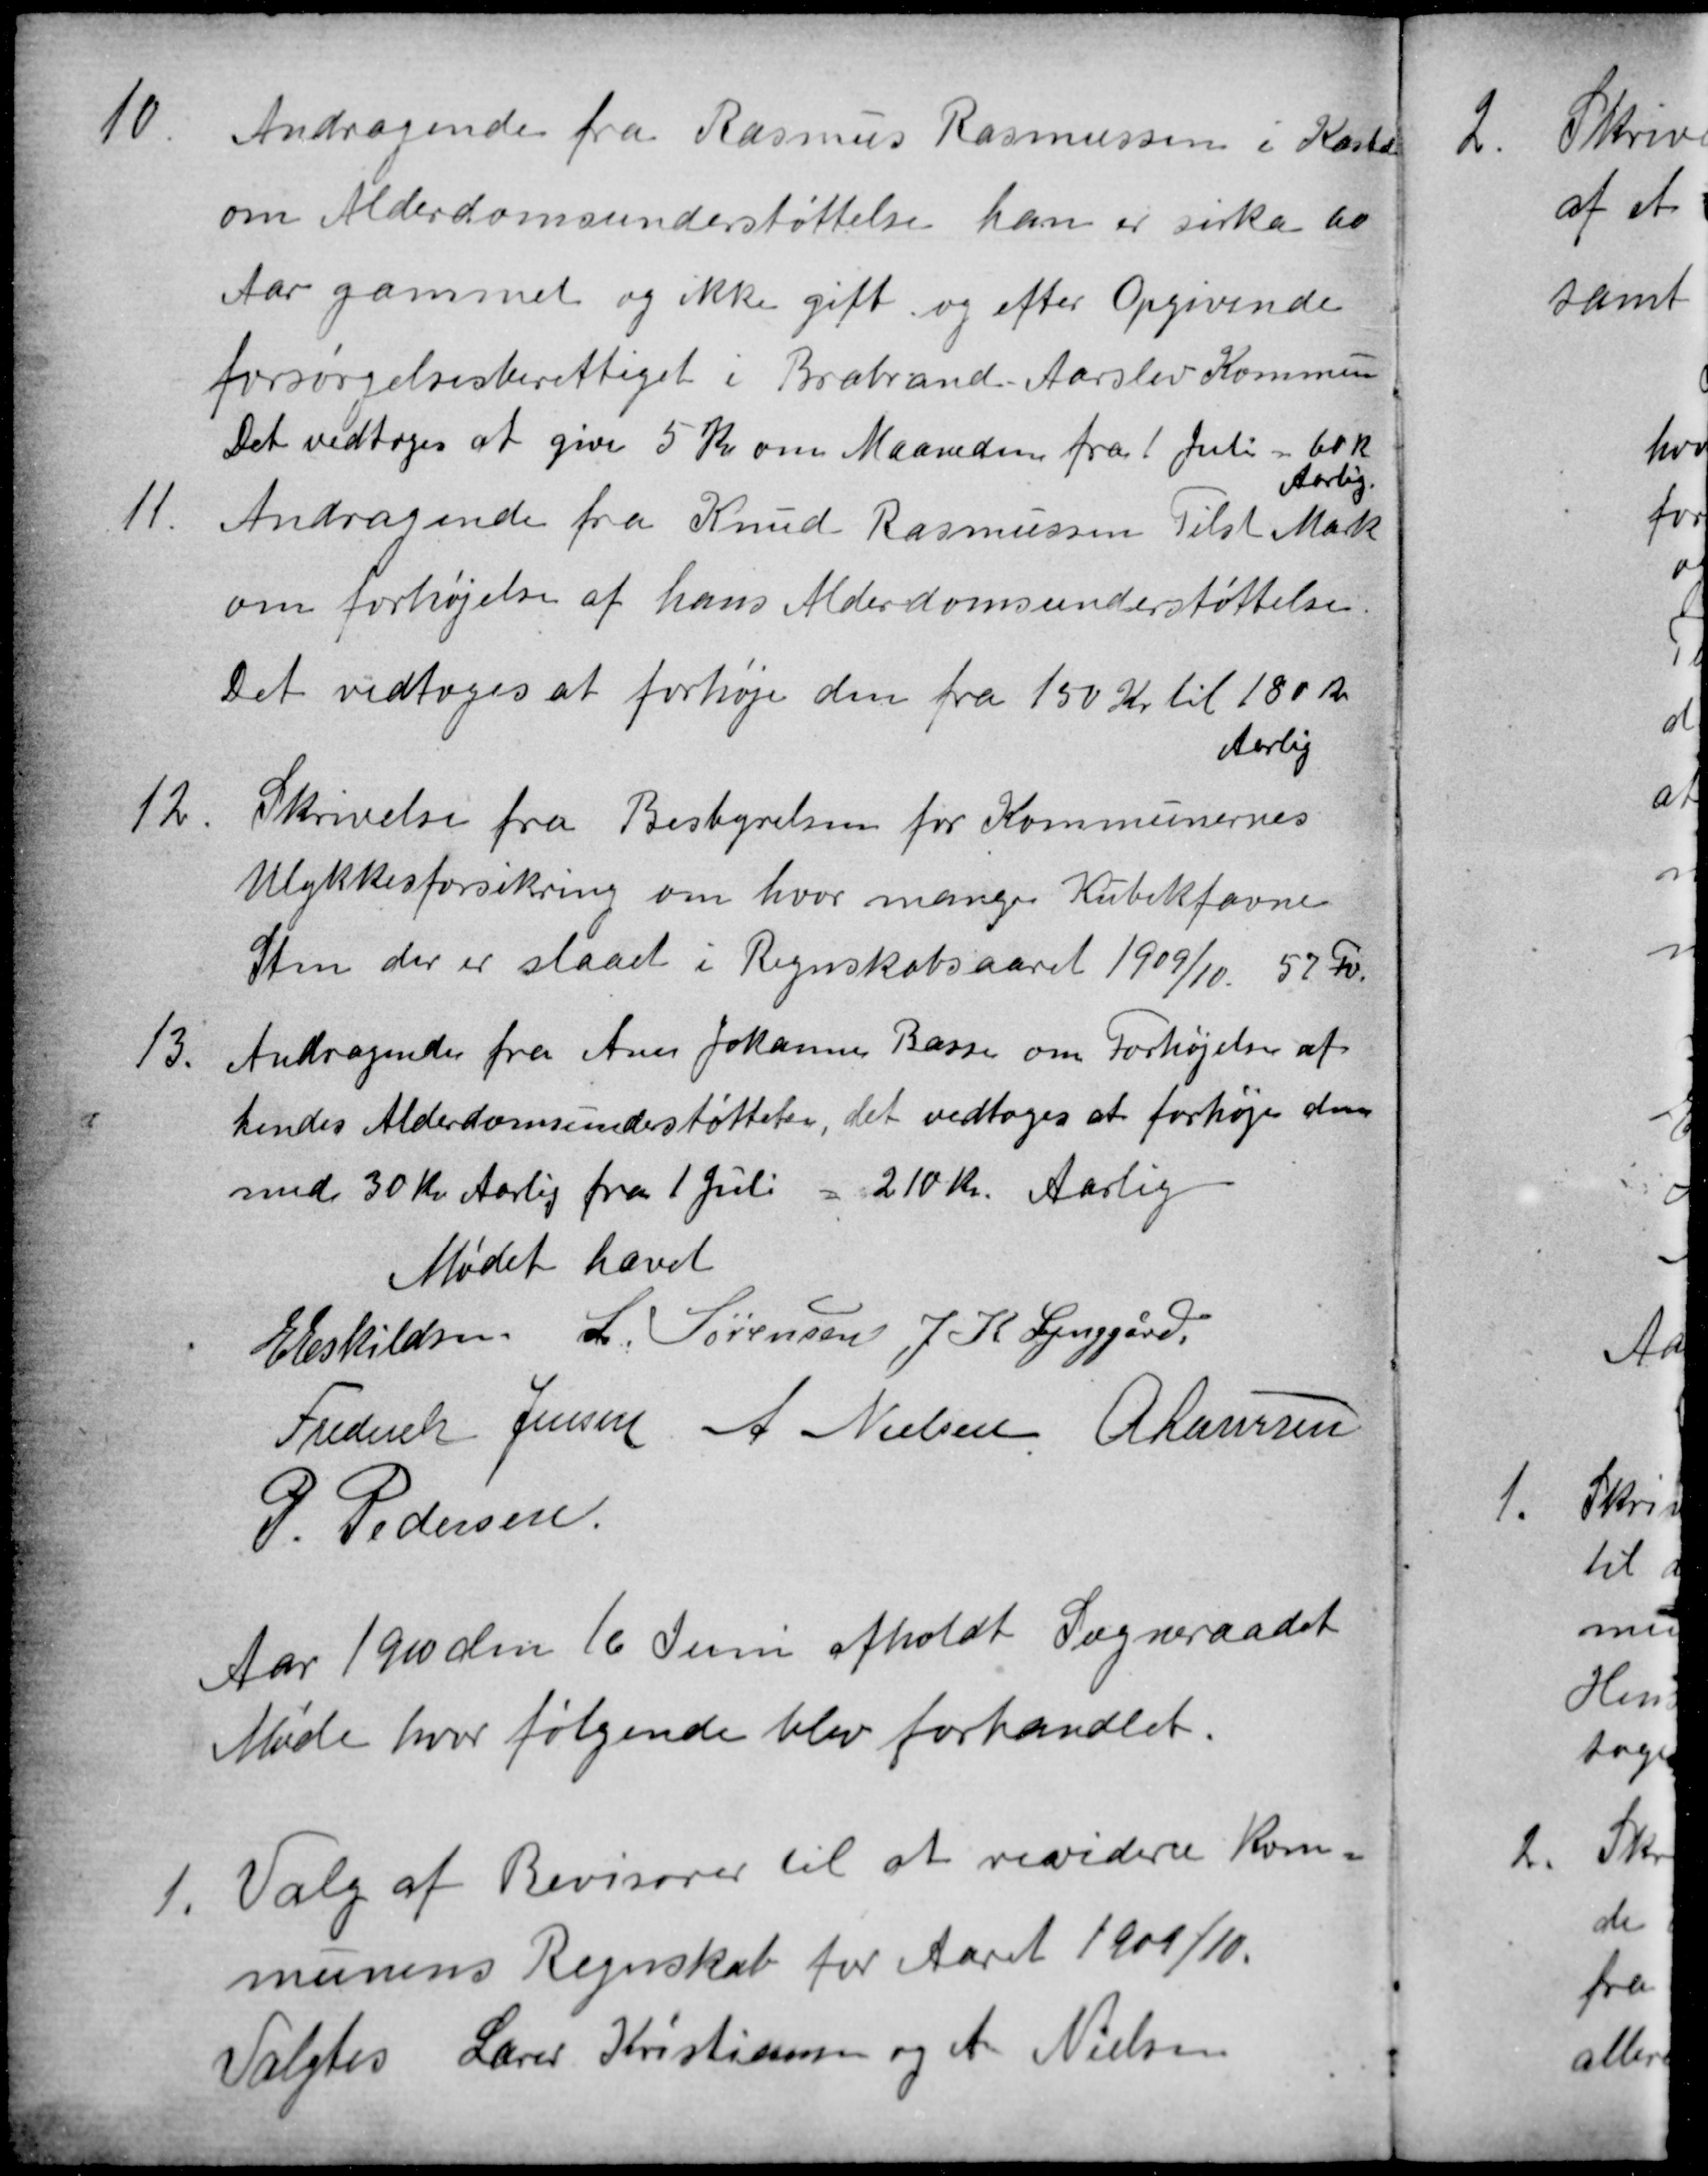
Transskription:
10
Andragende fra Rasmus Rasmussen i Kasted
om Alderdomsunderstøttelse han er sirka 60
Aar gammel og ikke gift og efter Opgivende
forsørgelsesberettiget i Brabrand-Aarslev Kommune
Det vedtoges at give 5 Kr om Maaneden fra 1 Juli = 60 K
Aarlig.
11.
Andragende fra Knud Rasmussen Tilst Mark
om forhøjelse af hans Alderdomsunderstøttelse.
Det vedtoges at forhøje den fra 150 Kr til 180 Kr
Aarlig
12.
Skrivelse fra Bestyrelsen for Kommunernes
Ulykkesforsikring om hvor mange Kubikfavne
Sten der er slaaet i Regnskabsaaret 1909/10. 57 Fv.
13. Andragende fra Ane Johanne Basse om Forhøjelse af
hendes Alderdomsunderstøttelse, det vedtoges at forhøje den
med 30 Kr Aarlig fra 1 Juli
210 Kr. Aarlig
Mødet hævet
E Eskildsen L. Sørensen J K Lynggård
Frederik Jensen A Nielsen A Laursen
P. Pedersen
Aar 1910 den 16 Juni afholdt Sogneraadet
Møde hvor følgende blev forhandlet.
1. Valg af Revisorer til at revidere Kom
munens Regnskab for Aaret 1909/10.
Valgtes Lærer Kristiansen og A Nielsen